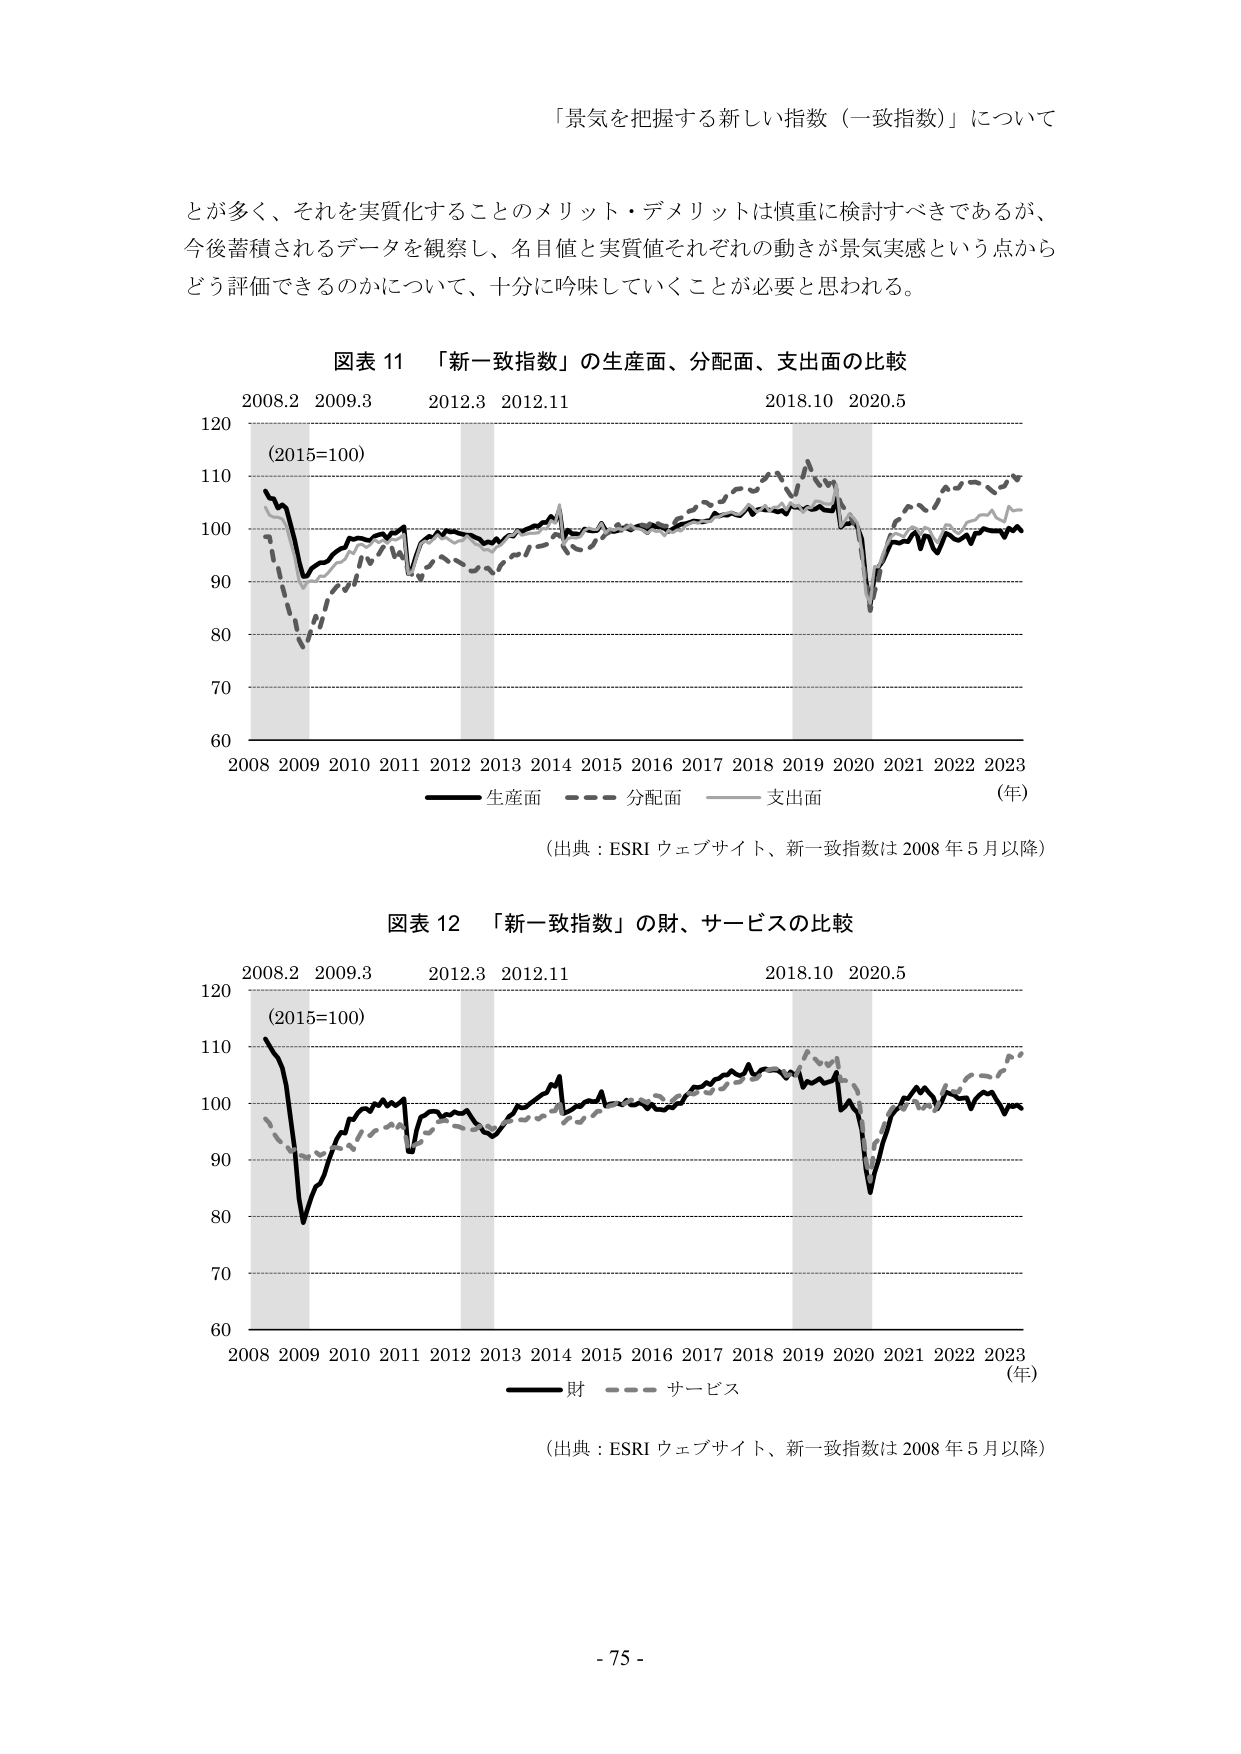
「景気を把握する新しい指数（一致指数）」について

とが多く、それを実質化することのメリット・デメリットは慎重に検討すべきであるが、
今後蓄積されるデータを観察し、名目値と実質値それぞれの動きが景気実感という点から
どう評価できるのかについて、十分に吟味していくことが必要と思われる。

図表 11 「新一致指数」の生産面、分配面、支出面の比較

2008.2 2009.3 2012.3 2012.11 2018.10 2020.5
(2015=100)
120
110
100
90
80
70
60
2008 2009 2010 2011 2012 2013 2014 2015 2016 2017 2018 2019 2020 2021 2022 2023 （年）
―― 生産面 ——— 分配面 ——— 支出面

（出典：ESRI ウェブサイト、新一致指数は 2008 年 5 月以降）

図表 12 「新一致指数」の財、サービスの比較

2008.2 2009.3 2012.3 2012.11 2018.10 2020.5
(2015=100)
120
110
100
90
80
70
60
2008 2009 2010 2011 2012 2013 2014 2015 2016 2017 2018 2019 2020 2021 2022 2023 （年）
―― 財 ——— サービス

（出典：ESRI ウェブサイト、新一致指数は 2008 年 5 月以降）

- 75 -